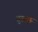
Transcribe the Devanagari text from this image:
तुरुतुरू